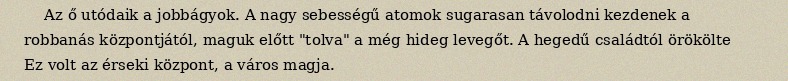
Az ő utódaik a jobbágyok. A nagy sebességű atomok sugarasan távolodni kezdenek a robbanás központjától, maguk előtt "tolva" a még hideg levegőt. A hegedű családtól örökölte Ez volt az érseki központ, a város magja.